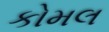
કોમલ